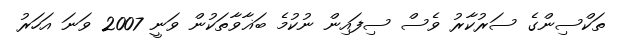
ތަކްސިންގެ ސަރުކާރު ވެސް ސިފައިން ނުކުމެ ބަޣާވާތަކުން ވަނީ 2007 ވަނަ އަހަރު